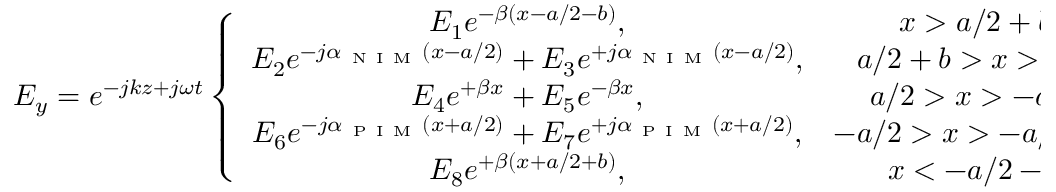
E _ { y } = e ^ { - j k z + j \omega t } \left\{ \begin{array} { c c } { E _ { 1 } e ^ { - \beta ( x - a / 2 - b ) } , } & { x > a / 2 + b } \\ { E _ { 2 } e ^ { - j \alpha _ { \mathrm { ~ N ~ I ~ M ~ } } ( x - a / 2 ) } + E _ { 3 } e ^ { + j \alpha _ { \mathrm { ~ N ~ I ~ M ~ } } ( x - a / 2 ) } , } & { a / 2 + b > x > a / 2 } \\ { E _ { 4 } e ^ { + \beta x } + E _ { 5 } e ^ { - \beta x } , } & { a / 2 > x > - a / 2 } \\ { E _ { 6 } e ^ { - j \alpha _ { \mathrm { ~ P ~ I ~ M ~ } } ( x + a / 2 ) } + E _ { 7 } e ^ { + j \alpha _ { \mathrm { ~ P ~ I ~ M ~ } } ( x + a / 2 ) } , } & { - a / 2 > x > - a / 2 - b } \\ { E _ { 8 } e ^ { + \beta ( x + a / 2 + b ) } , } & { x < - a / 2 - b } \end{array} \right.